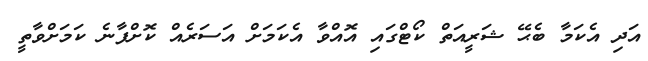
އަދި އެކަމާ ބެޙޭ ޝަރީއަތް ކޯޓްގައި އޮއްވާ އެކަމަށް އަސަރެއް ކޮށްފާނެ ކަމަށްވާތީ